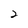
Character: 2